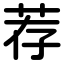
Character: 荐